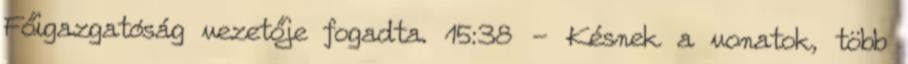
Főigazgatóság vezetője fogadta. 15:38 - Késnek a vonatok, több